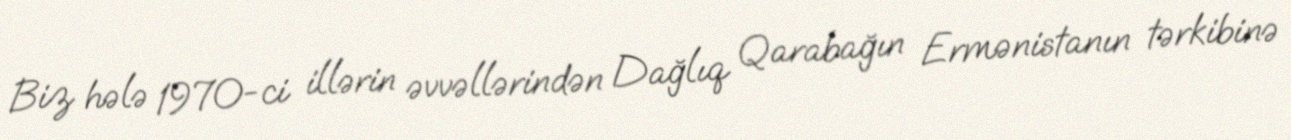
Biz hələ 1970-ci illərin əvvəllərindən Dağlıq Qarabağın Ermənistanın tərkibinə